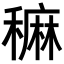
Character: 𥢂